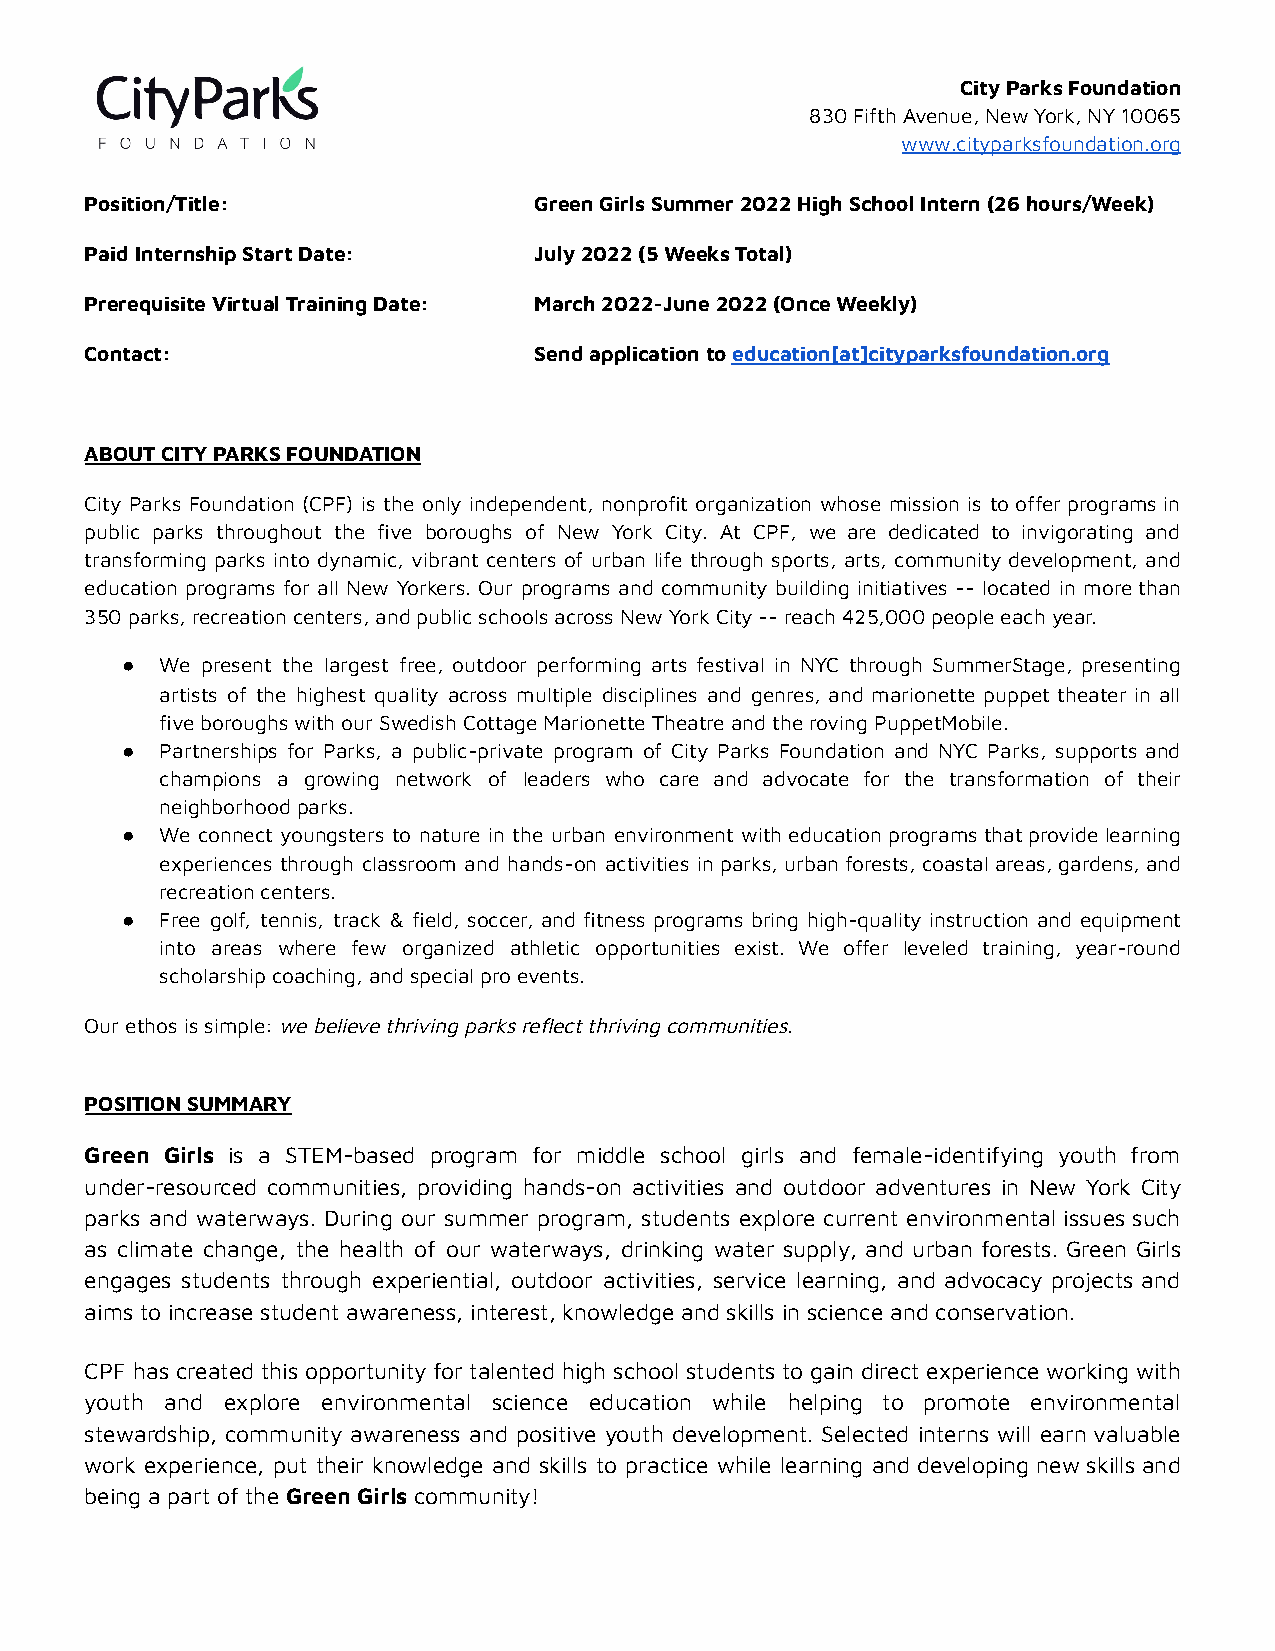
City Parks Foundation
 830 Fifth Avenue, New York, NY 10065
 www.cityparksfoundation.org
 Position/Title:              Green Girls Summer 2022 High School Intern (26 hours/Week)
 Paid Internship Start Date:  July 2022 (5 Weeks Total)
 Prerequisite Virtual Training Date: March 2022-June 2022 (Once Weekly)
 Contact:                     Send application toeducation[at]cityparksfoundation.org
 ABOUT CITY PARKS FOUNDATION
 City Parks Foundation (CPF) is the only independent, nonprofit organization whose mission is toofferprogramsin
 public parks throughout the five boroughs of New York City. At CPF, we are dedicated to invigorating and
 transforming parks into dynamic, vibrant centers of urban life through sports, arts, community development, and
 education programs for all New Yorkers. Our programs and community building initiatives -- located in morethan
 350 parks, recreation centers, and public schools across New York City -- reach 425,000 people each year.
 ●  We present the largest free, outdoor performing arts festival in NYC through SummerStage, presenting
 artists of the highest quality across multiple disciplines and genres, and marionette puppet theater in all
 five boroughs with our Swedish Cottage Marionette Theatre and the roving PuppetMobile.
 ●  Partnerships for Parks, a public-private program of City Parks Foundation and NYC Parks, supports and
 champions a growing network of leaders who care and advocate for the transformation of their
 neighborhood parks.
 ●  We connect youngsters to nature in the urban environment witheducationprogramsthatprovidelearning
 experiences through classroom and hands-on activities inparks,urbanforests,coastalareas,gardens,and
 recreation centers.
 ●  Free golf, tennis, track & field, soccer, and fitness programs bring high-quality instruction and equipment
 into areas where few organized athletic opportunities exist. We offer leveled training, year-round
 scholarship coaching, and special pro events.
 Our ethos is simple:we believe thriving parks reflectthriving communities.
 POSITION SUMMARY
 Green Girls is a STEM-based program for middle school girls and female-identifying youth from
 under-resourced communities, providing hands-on activities and outdoor adventures in New York City
 parks and waterways. During our summer program, students explore current environmental issues such
 as climate change, the health of our waterways, drinking water supply, and urban forests. Green Girls
 engages students through experiential, outdoor activities, service learning, and advocacy projects and
 aims to increase student awareness, interest, knowledge and skills in science and conservation.
 CPF has created this opportunity for talented high school students to gain direct experience working with
 youth and explore environmental science education while helping to promote environmental
 stewardship, community awareness and positive youth development. Selected interns will earn valuable
 work experience, put their knowledge and skills to practice while learning and developing new skills and
 being a part of the Green Girls community!